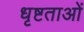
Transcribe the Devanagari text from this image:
धृष्टताओं